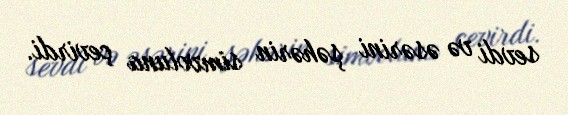
sevdi və əsərini şəhərin simvoluna çevirdi.